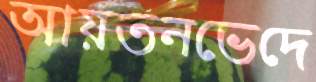
আয়তনভেদে